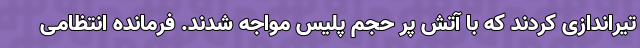
تیراندازی کردند که با آتش پر حجم پلیس مواجه شدند. فرمانده انتظامی